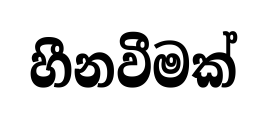
හීනවීමක්